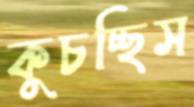
কুচচ্ছিস